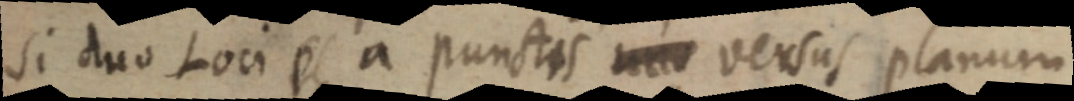
Si duo Loci p a punctis uno versus planum